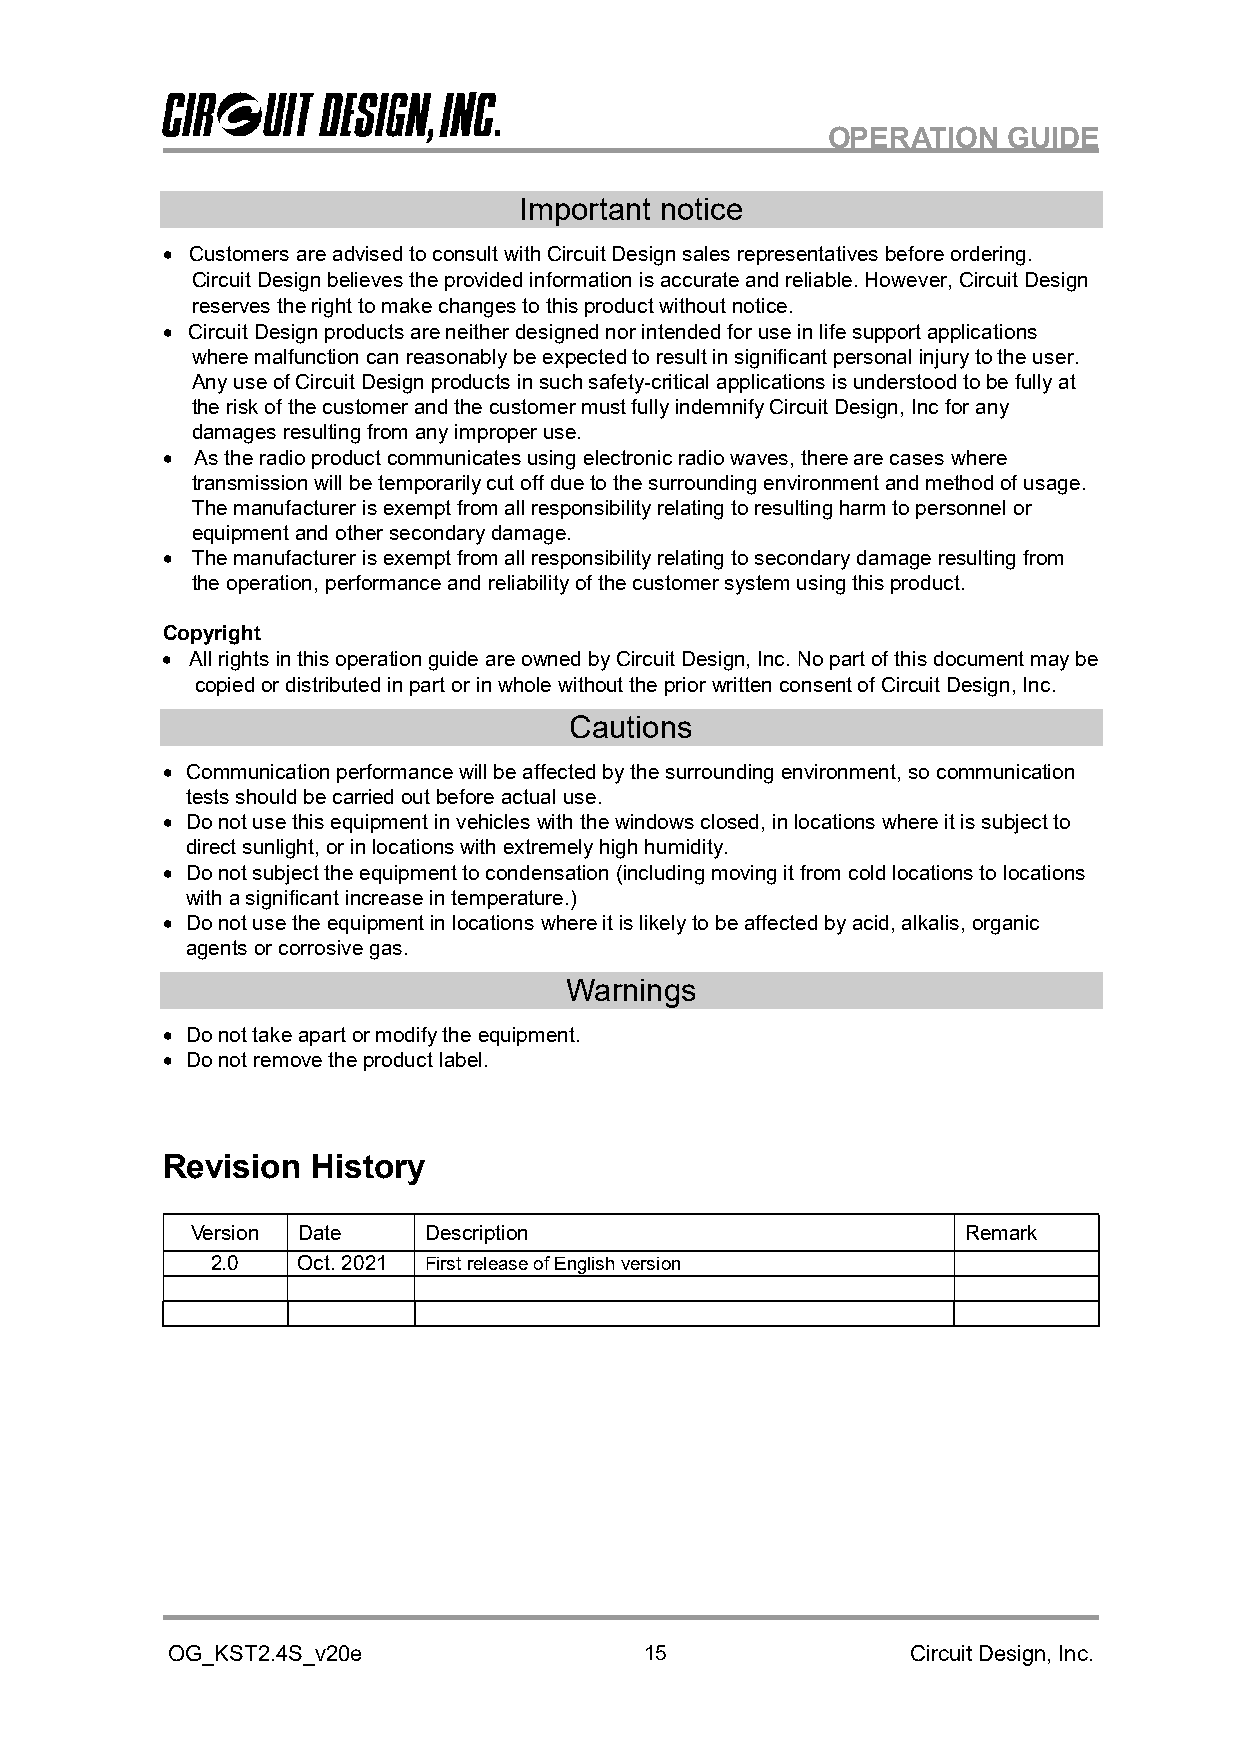
OPERATION   GUIDE
 Important notice
  Customers are advised to consult with Circuit Design sales representatives before ordering.
 Circuit Design believes the provided information is accurate and reliable. However, Circuit Design
 reserves the right to make changes to this product without notice.
  Circuit Design products are neither designed nor intended for use in life support applications
 where malfunction can reasonably be expected to result in significant personal injury to the user.
 Any use of Circuit Design products in such safety-critical applications is understood to be fully at
 the risk of the customer and the customer must fully indemnify Circuit Design, Inc for any
 damages resulting from any improper use.
  As the radio product communicates using electronic radio waves, there are cases where
 transmission will be temporarily cut off due to the surrounding environment and method of usage.
 The manufacturer is exempt from all responsibility relating to resulting harm to personnel or
 equipment and other secondary damage.
  The manufacturer is exempt from all responsibility relating to secondary damage resulting from
 the operation, performance and reliability of the customer system using this product.
 Copyright
  All rights in this operation guide are owned by Circuit Design, Inc. No part of this document may be
 copied or distributed in part or in whole without the prior written consent of Circuit Design, Inc.
 Cautions
  Communication performance will be affected by the surrounding environment, so communication
 tests should be carried out before actual use.
  Do not use this equipment in vehicles with the windows closed, in locations where it is subject to
 direct sunlight, or in locations with extremely high humidity.
  Do not subject the equipment to condensation (including moving it from cold locations to locations
 with a significant increase in temperature.)
  Do not use the equipment in locations where it is likely to be affected by acid, alkalis, organic
 agents or corrosive gas.
 Warnings
  Do not take apart or modify the equipment.
  Do not remove the product label.
 Revision  History
 Version Date   Description                         Remark
 2.0   Oct. 2021 First release of English version
 OG_KST2.4S_v20e                 15               Circuit Design, Inc.